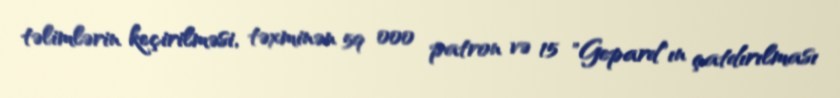
təlimlərin keçirilməsi, təxminən 59 000 patron və 15 "Gepard"ın çatdırılması